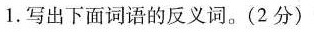
1.写出下面词的反义词。(2分)